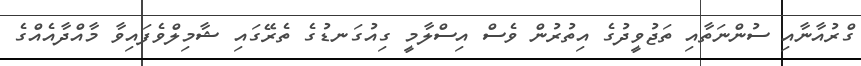
ގްރުއާނާއި ސުންނަތާއި ތަޖުވީދުގެ އިތުރުން ވެސް އިސްލާމީ ގިއުގަނޑުގެ ތެރޭގައި ޝާމިލްވެފައިވާ މާއްދާއެއްގެ